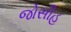
જોસીહ